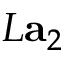
L { \bf a } _ { 2 }